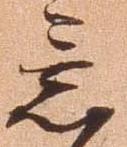
意